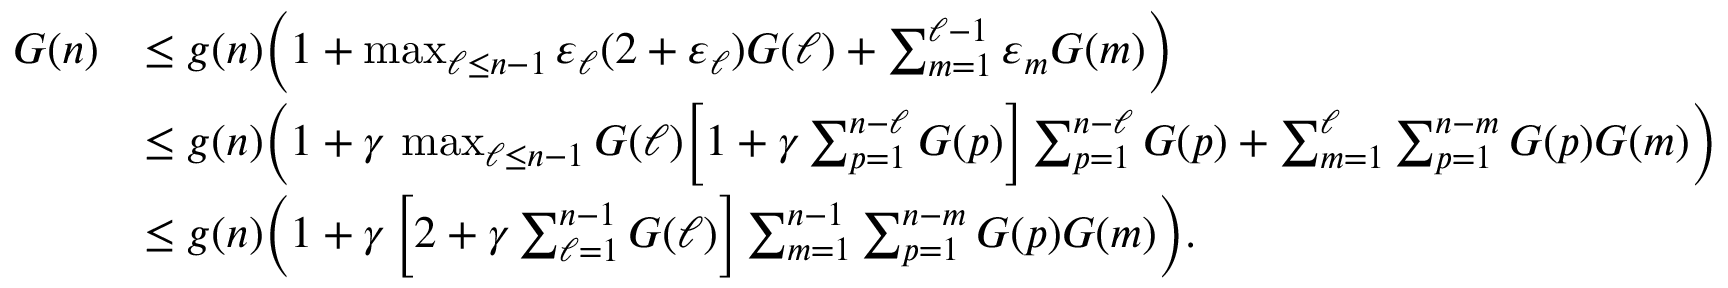
\begin{array} { r l } { G ( n ) } & { \le g ( n ) \bigg ( 1 + \operatorname* { m a x } _ { \ell \le n - 1 } \varepsilon _ { \ell } ( 2 + \varepsilon _ { \ell } ) G ( \ell ) + \sum _ { m = 1 } ^ { \ell - 1 } \varepsilon _ { m } G ( m ) \bigg ) } \\ & { \le g ( n ) \bigg ( 1 + \gamma \, \operatorname* { m a x } _ { \ell \le n - 1 } G ( \ell ) \bigg [ 1 + \gamma \sum _ { p = 1 } ^ { n - \ell } G ( p ) \bigg ] \sum _ { p = 1 } ^ { n - \ell } G ( p ) + \sum _ { m = 1 } ^ { \ell } \sum _ { p = 1 } ^ { n - m } G ( p ) G ( m ) \bigg ) } \\ & { \le g ( n ) \bigg ( 1 + \gamma \, \bigg [ 2 + \gamma \sum _ { \ell = 1 } ^ { n - 1 } G ( \ell ) \bigg ] \sum _ { m = 1 } ^ { n - 1 } \sum _ { p = 1 } ^ { n - m } G ( p ) G ( m ) \bigg ) . } \end{array}